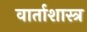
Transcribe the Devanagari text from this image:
वार्ताशास्त्र